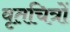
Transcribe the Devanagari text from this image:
वृतचित्रों